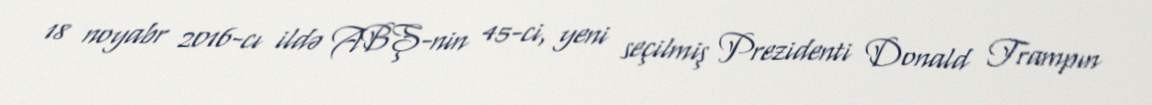
18 noyabr 2016-cı ildə ABŞ-nin 45-ci, yeni seçilmiş Prezidenti Donald Trampın